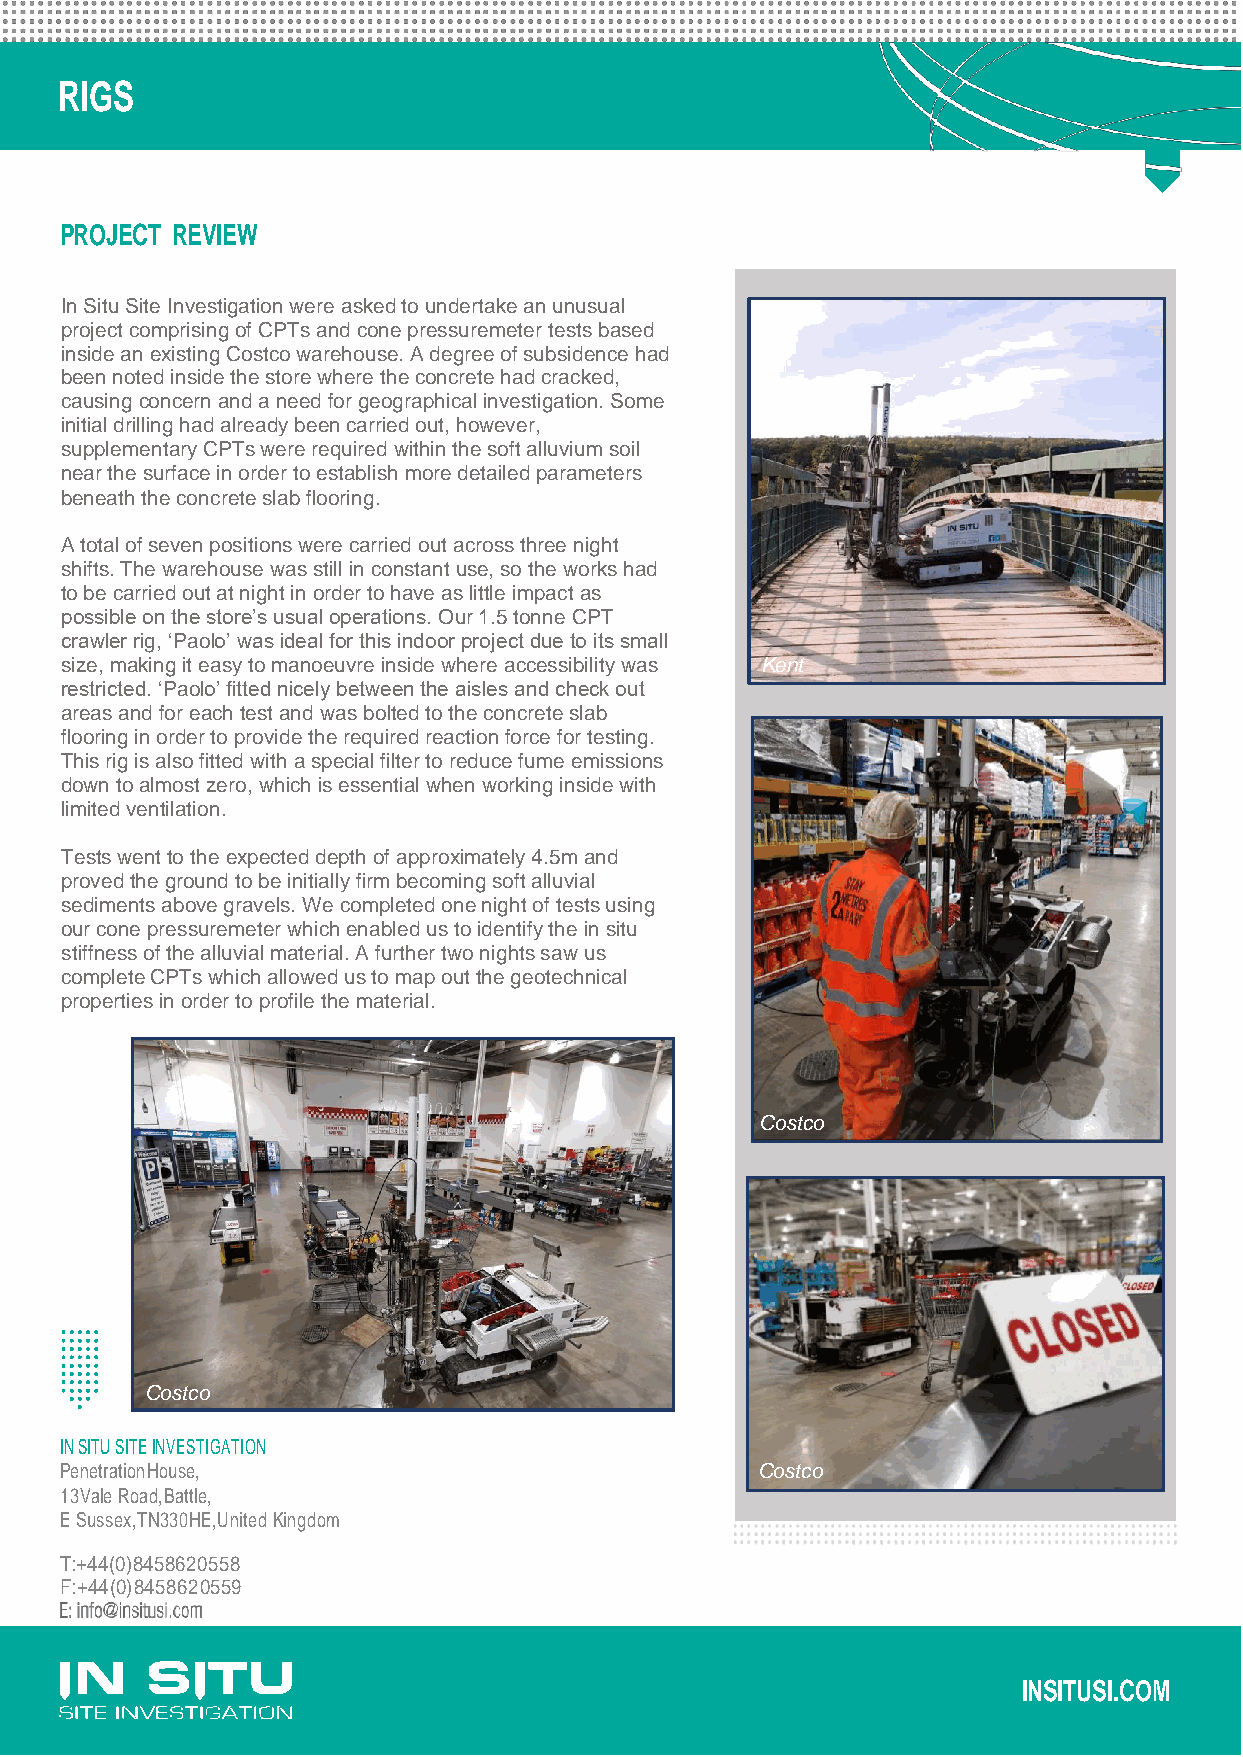
RIGS
 PROJECT REVIEW
 In Situ Site Investigation were asked to undertake an unusual
 project comprising of CPTs and cone pressuremeter tests based
 inside an existing Costco warehouse. A degree of subsidence had
 been noted inside the store where the concrete had cracked,
 causing concern and a need for geographical investigation. Some
 initial drilling had already been carried out, however,
 supplementary CPTs were required within the soft alluvium soil
 near the surface in order to establish more detailed parameters
 beneath the concrete slab flooring.
 A total of seven positions were carried out across three night
 shifts. The warehouse was still in constant use, so the works had
 to be carried out at night in order to have as little impact as
 possible on the store’s usual operations. Our 1.5 tonne CPT
 crawler rig, ‘Paolo’ was ideal for this indoor project due to its small
 size, making it easy to manoeuvre inside where accessibility was Kent
 restricted. ‘Paolo’ fitted nicely between the aisles and check out
 areas and for each test and was bolted to the concrete slab
 flooring in order to provide the required reaction force for testing.
 This rig is also fitted with a special filter to reduce fume emissions
 down to almost zero, which is essential when working inside with
 limited ventilation.
 Tests went to the expected depth of approximately 4.5m and
 proved the ground to be initially firm becoming soft alluvial
 sediments above gravels. We completed one night of tests using
 our cone pressuremeter which enabled us to identify the in situ
 stiffness of the alluvial material. A further two nights saw us
 complete CPTs which allowed us to map out the geotechnical
 properties in order to profile the material.
 Costco
 Costco
 IN SITU SITE INVESTIGATION
 Penetration House,                            Costco
 13 Vale Road, Battle,
 E Sussex,TN330HE,United Kingdom
 T:+44 (0) 845 8620558
 F: +44 (0) 845862 0559
 INSITUSI.COM